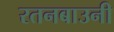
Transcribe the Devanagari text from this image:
रतनबाउनी